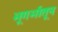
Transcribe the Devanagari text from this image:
भूगर्भातून